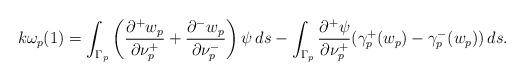
LaTeX: \begin{align*}k\omega_{p}(1)=\int_{\Gamma_p} \left( \frac{\partial^+ w_{p}}{\partial \nu_p^+} + \frac{\partial^- w_{p}}{\partial \nu_p^-} \right) \psi \,ds- \int_{\Gamma_p} \frac{\partial^+\psi}{\partial\nu_p^+}(\gamma_p^+(w_{p})-\gamma_p^-(w_{p}))\,ds.\end{align*}